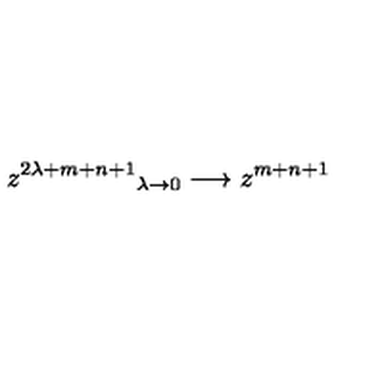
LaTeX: z ^ { 2 \lambda + m + n + 1 } { } _ { \lambda \rightarrow 0 } \longrightarrow z ^ { m + n + 1 }